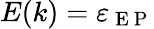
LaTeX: E(k)=\varepsilon_{\mathrm{~E~P~}}